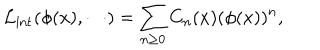
{ \cal L } _ { \mathrm { i n t } } ( \phi ( x ) , \cdots ) = \sum _ { n \geq 0 } C _ { n } ( x ) ( \phi ( x ) ) ^ { n } ,